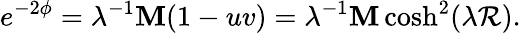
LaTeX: e^{-2\phi}=\lambda^{-1}\mathbf{M}(1-uv)=\lambda^{-1}\mathbf{M}\cosh^{2}(\lambda\mathcal{R}).